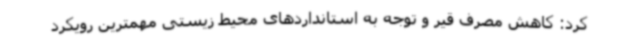
کرد: کاهش مصرف قیر و توجه به استانداردهای محیط زیستی مهمترین رویکرد